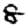
Digit: 8